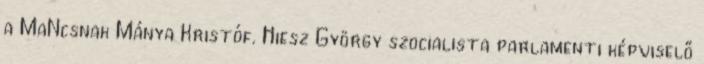
a MaNcsnak Mánya Kristóf. Hiesz György szocialista parlamenti képviselő